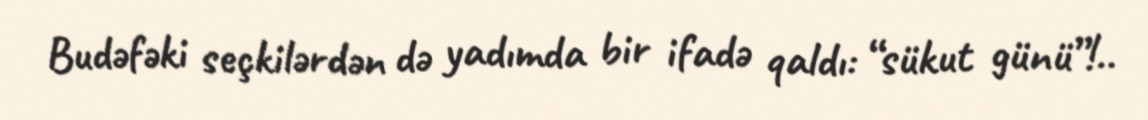
Budəfəki seçkilərdən də yadımda bir ifadə qaldı: “sükut günü”!..